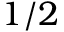
1 / 2